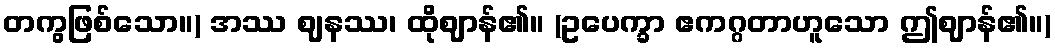
တကွဖြစ်သော။) အဿ ဈနဿ၊ ထိုဈာန်၏။ (ဥပေက္ခာ ဧကဂ္ဂတာဟူသော ဤဈာန်၏။)